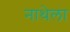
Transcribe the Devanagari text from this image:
नाथेला